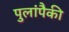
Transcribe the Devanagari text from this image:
पुलांपैकी